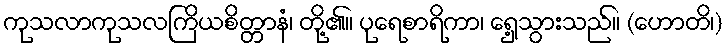
ကုသလာကုသလကြိယစိတ္တာနံ၊ တို့၏။ ပုရေစာရိကာ၊ ရှေ့သွားသည်။ (ဟောတိ၊)